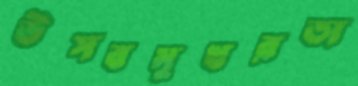
উত্সবমুখরতা